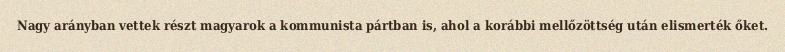
Nagy arányban vettek részt magyarok a kommunista pártban is, ahol a korábbi mellőzöttség után elismerték őket.